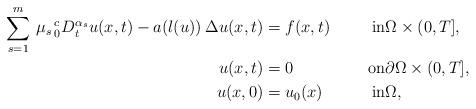
LaTeX: \begin{align*} \sum_{s=1}^{m}\, \mu_s \, ^{c}_{0}{D}^{\alpha_s}_{t} u(x,t) - a(l(u)) \: \Delta u(x,t) & =f(x,t) & \mbox{in} & \Omega\times(0,T], \\ u(x,t) & =0 & \mbox{on} & \partial\Omega\times(0,T],\\ u(x,0) & =u_0(x) & \mbox{in} & \Omega, \end{align*}